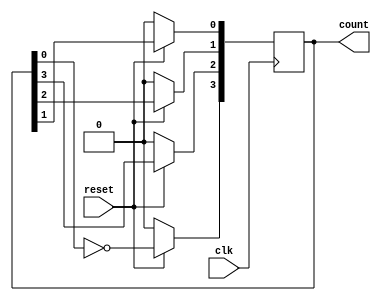
module johnsonCounter(clk, reset, count);
   input clk, reset;
   output reg [3:0] count;

   always @ (posedge clk)
      if (!reset) // Display 4'b0000 as soon as reset activates
         count <= 4'b0000;
      else begin // Shift the bits through each position
			count[3] <= ~count[0];
			count[2] <= count[3];
			count[1] <= count[2];
			count[0] <= count[1];
		end
endmodule